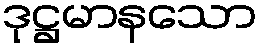
ဒုဋ္ဌမာနသော